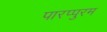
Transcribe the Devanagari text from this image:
पारप्पुरम